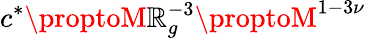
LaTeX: c^{*}\proptoM\mathbb{R}_{g}^{-3}\proptoM^{1-3\nu}